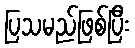
ပြသမည်ဖြစ်ပြီး